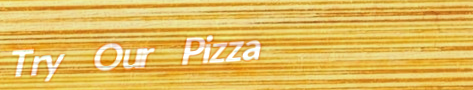
Try Our Pizza